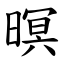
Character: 暝